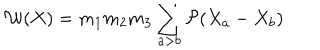
{ \cal W } ( X ) = m _ { 1 } m _ { 2 } m _ { 3 } \sum _ { a > b } { \cal P } ( X _ { a } - X _ { b } )